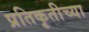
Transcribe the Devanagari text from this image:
प्रतिकृतीच्या